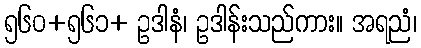
၅၆၀+၅၆၁+ ဥဒါနံ၊ ဥဒါန်းသည်ကား။ အရညံ၊